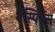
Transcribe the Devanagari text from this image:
थेस्पियंस